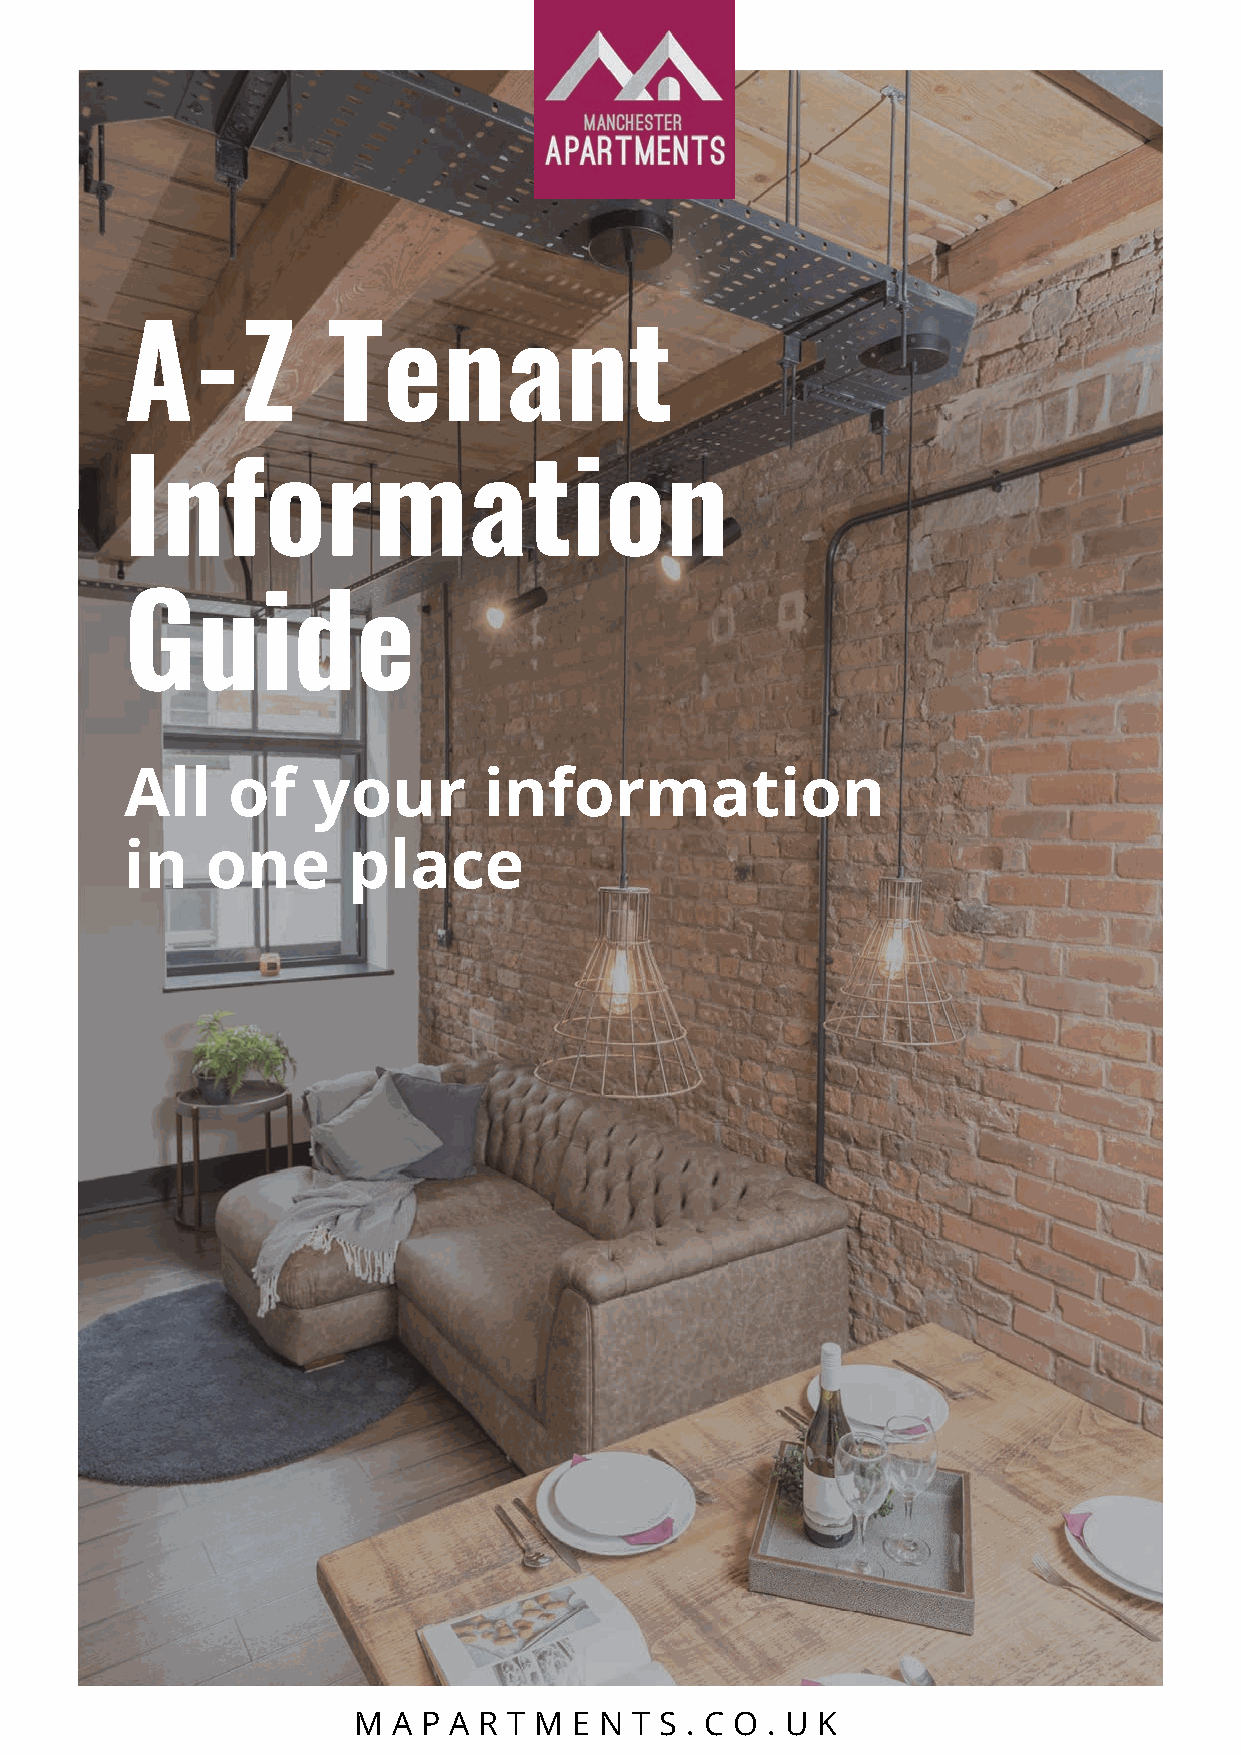
A-Z           Tenant
 Information
 Guide
 All    of    your       information
 in    one      place
 M  A P A R T M E N T S . C O . U K